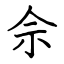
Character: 佘